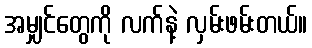
အမျှင်တွေကို လက်နဲ့ လှမ်းဖမ်းတယ်။